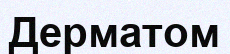
Дерматом